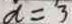
a ^ { \prime } = ^ { \prime } 3